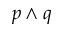
p \wedge q